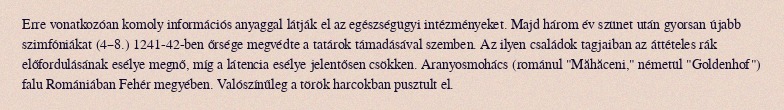
Erre vonatkozóan komoly információs anyaggal látják el az egészségügyi intézményeket. Majd három év szünet után gyorsan újabb szimfóniákat (4–8.) 1241-42-ben őrsége megvédte a tatárok támadásával szemben. Az ilyen családok tagjaiban az áttételes rák előfordulásának esélye megnő, míg a látencia esélye jelentősen csökken. Aranyosmohács (románul "Măhăceni," németül "Goldenhof") falu Romániában Fehér megyében. Valószínűleg a török harcokban pusztult el.